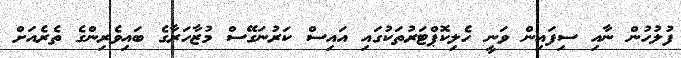
ފުލުހުން ނާއި ސިފައިން ވަނީ ހެލިކޮޕްޓަރުތަކުގައި އައިސް ކަރުނަގޭސް މުޒާހަރާގެ ބައިވެރިންގެ ތެރެއަށް